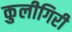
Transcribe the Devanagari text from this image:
कुलीगिरी